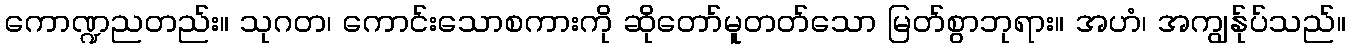
ကောဏ္ဍညတည်း။ သုဂတ၊ ကောင်းသောစကားကို ဆိုတော်မူတတ်သော မြတ်စွာဘုရား။ အဟံ၊ အကျွန်ုပ်သည်။